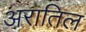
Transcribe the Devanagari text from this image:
अरातिल